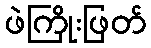
ဖဲကြိုးဖြတ်